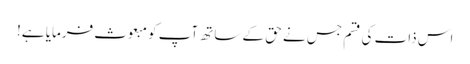
اس ذات کی قسم جس نے حق کے ساتھ آپ کو مبعوث فرمایا ہے!